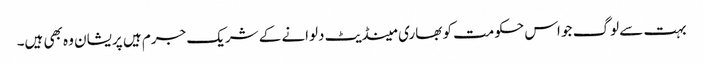
بہت سے لوگ جو اس حکومت کو بھاری مینڈیٹ دلوانے کے شریک جرم ہیں پریشان وہ بھی ہیں۔